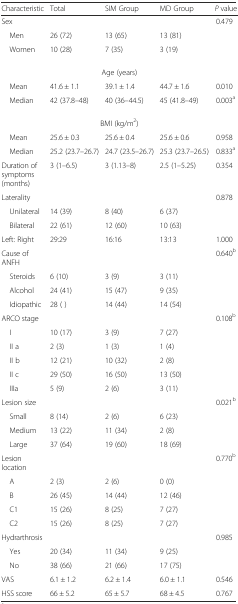
<table><thead><tr><td><b>Characteristic</b></td><td><b>Total</b></td><td><b>SIM Group</b></td><td><b>MD Group</b></td><td><b><i>P</i> value</b></td></tr></thead><tbody><tr><td>Sex</td><td></td><td></td><td></td><td rowspan="3">0.479</td></tr><tr><td> Men</td><td>26 (72)</td><td>13 (65)</td><td>13 (81)</td></tr><tr><td> Women</td><td>10 (28)</td><td>7 (35)</td><td>3 (19)</td></tr><tr><td colspan="5">Age (years)</td></tr><tr><td> Mean</td><td>41.6 ± 1.1</td><td>39.1 ± 1.4</td><td>44.7 ± 1.6</td><td>0.010</td></tr><tr><td> Median</td><td>42 (37.8–48)</td><td>40 (36–44.5)</td><td>45 (41.8–49)</td><td>0.003<sup>a</sup></td></tr><tr><td colspan="5">BMI (kg/m<sup>2</sup>)</td></tr><tr><td> Mean</td><td>25.6 ± 0.3</td><td>25.6 ± 0.4</td><td>25.6 ± 0.6</td><td>0.958</td></tr><tr><td> Median</td><td>25.2 (23.7–26.7)</td><td>24.7 (23.5–26.7)</td><td>25.3 (23.7–26.5)</td><td>0.833<sup>a</sup></td></tr><tr><td>Duration of symptoms (months)</td><td>3 (1–6.5)</td><td>3 (1.13–8)</td><td>2.5 (1–5.25)</td><td>0.354</td></tr><tr><td>Laterality</td><td></td><td></td><td></td><td rowspan="3">0.878</td></tr><tr><td> Unilateral</td><td>14 (39)</td><td>8 (40)</td><td>6 (37)</td></tr><tr><td> Bilateral</td><td>22 (61)</td><td>12 (60)</td><td>10 (63)</td></tr><tr><td>Left: Right</td><td>29:29</td><td>16:16</td><td>13:13</td><td>1.000</td></tr><tr><td>Cause of ANFH</td><td></td><td></td><td></td><td rowspan="4">0.640<sup>b</sup></td></tr><tr><td> Steroids</td><td>6 (10)</td><td>3 (9)</td><td>3 (11)</td></tr><tr><td> Alcohol</td><td>24 (41)</td><td>15 (47)</td><td>9 (35)</td></tr><tr><td> Idiopathic</td><td>28 ( )</td><td>14 (44)</td><td>14 (54)</td></tr><tr><td>ARCO stage</td><td></td><td></td><td></td><td rowspan="6">0.108<sup>b</sup></td></tr><tr><td> I</td><td>10 (17)</td><td>3 (9)</td><td>7 (27)</td></tr><tr><td> II a</td><td>2 (3)</td><td>1 (3)</td><td>1 (4)</td></tr><tr><td> II b</td><td>12 (21)</td><td>10 (32)</td><td>2 (8)</td></tr><tr><td> II c</td><td>29 (50)</td><td>16 (50)</td><td>13 (50)</td></tr><tr><td> IIIa</td><td>5 (9)</td><td>2 (6)</td><td>3 (11)</td></tr><tr><td>Lesion size</td><td></td><td></td><td></td><td rowspan="4">0.021<sup>b</sup></td></tr><tr><td> Small</td><td>8 (14)</td><td>2 (6)</td><td>6 (23)</td></tr><tr><td> Medium</td><td>13 (22)</td><td>11 (34)</td><td>2 (8)</td></tr><tr><td> Large</td><td>37 (64)</td><td>19 (60)</td><td>18 (69)</td></tr><tr><td>Lesion location</td><td></td><td></td><td></td><td rowspan="5">0.770<sup>b</sup></td></tr><tr><td> A</td><td>2 (3)</td><td>2 (6)</td><td>0 (0)</td></tr><tr><td> B</td><td>26 (45)</td><td>14 (44)</td><td>12 (46)</td></tr><tr><td> C1</td><td>15 (26)</td><td>8 (25)</td><td>7 (27)</td></tr><tr><td> C2</td><td>15 (26)</td><td>8 (25)</td><td>7 (27)</td></tr><tr><td>Hydrarthrosis</td><td></td><td></td><td></td><td rowspan="3">0.985</td></tr><tr><td> Yes</td><td>20 (34)</td><td>11 (34)</td><td>9 (25)</td></tr><tr><td> No</td><td>38 (66)</td><td>21 (66)</td><td>17 (75)</td></tr><tr><td>VAS</td><td>6.1 ± 1.2</td><td>6.2 ± 1.4</td><td>6.0 ± 1.1</td><td>0.546</td></tr><tr><td>HSS score</td><td>66 ± 5.2</td><td>65 ± 5.7</td><td>68 ± 4.5</td><td>0.767</td></tr></tbody></table>